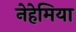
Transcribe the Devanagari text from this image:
नेहेमिया